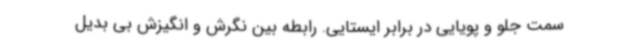
سمت جلو و پویایی در برابر ایستایی. رابطه بین نگرش و انگیزش بی بدیل